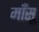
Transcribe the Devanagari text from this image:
माँसू